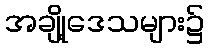
အချို့ဒေသများ၌